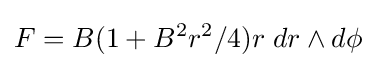
F=B(1+B^{2}r^{2}/4)r\;dr\wedge d\phi